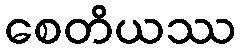
စေတိယဿ